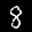
Label: 8